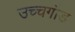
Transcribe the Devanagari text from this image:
उच्चगौड